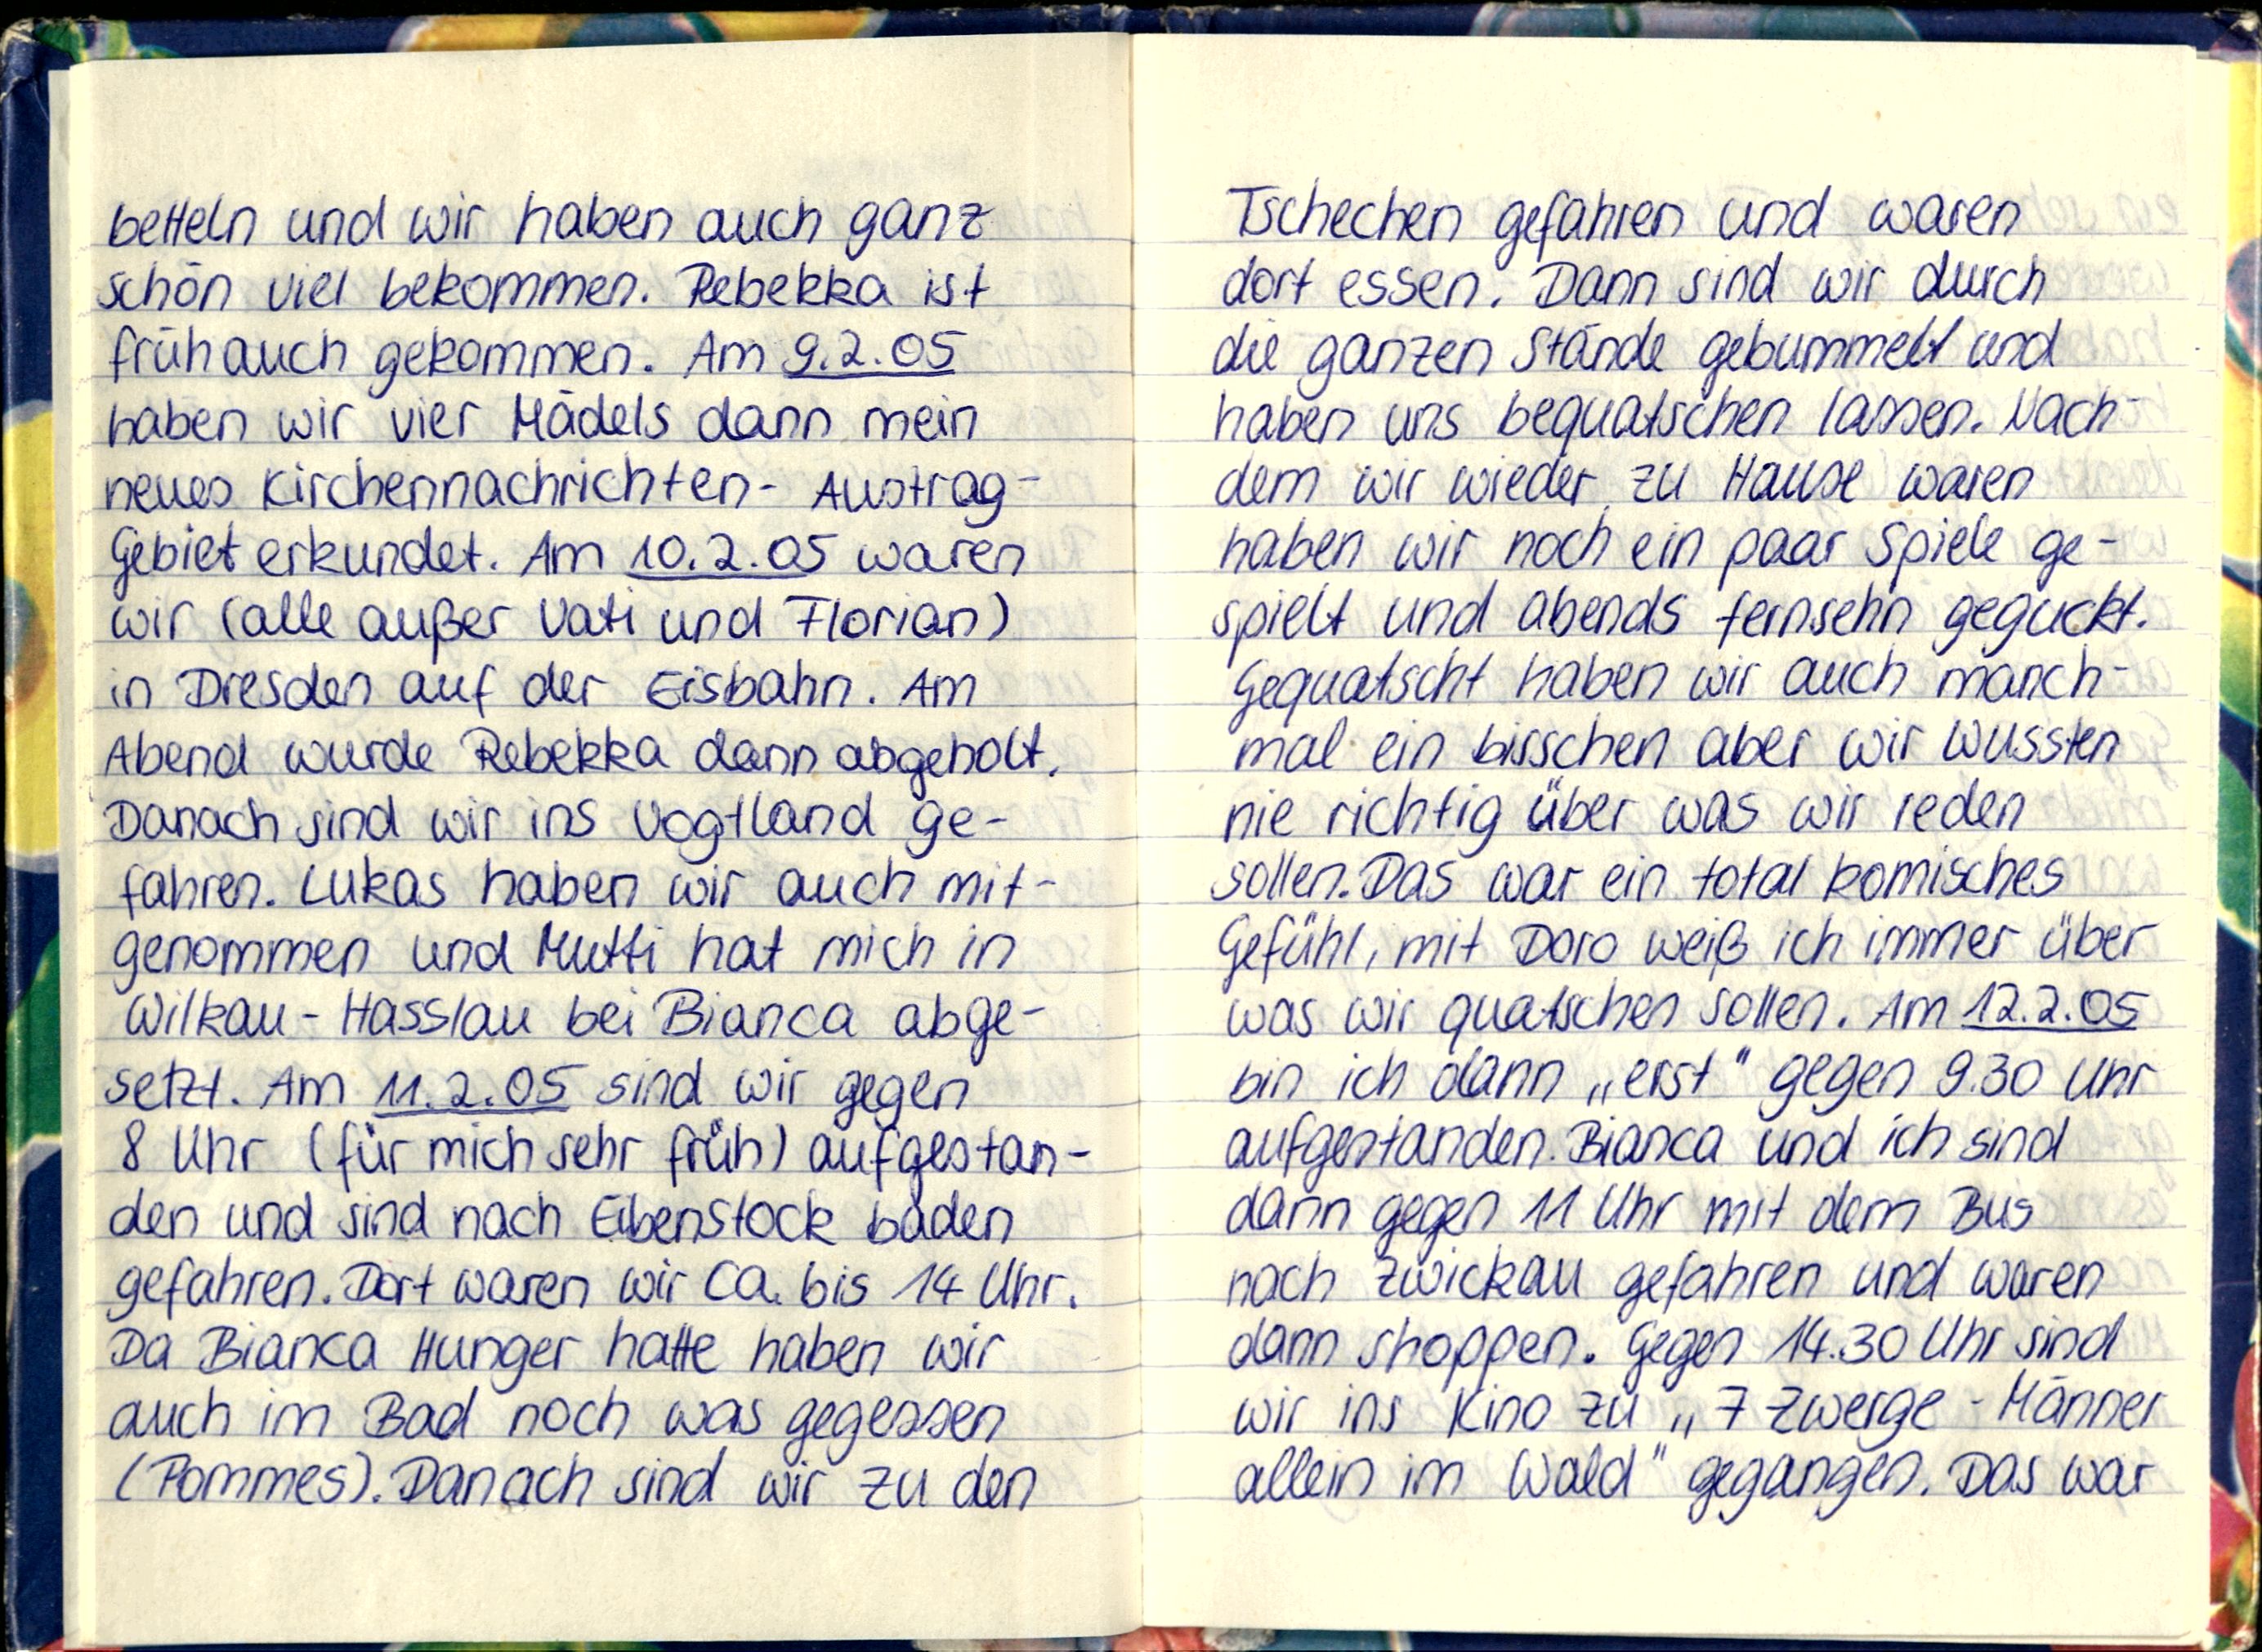
betteln und wir haben auch ganz
schön viel bekommen. Rebekka ist
früh auch gekommen. Am 9.2.05
haben wir vier Mädels dann mein
neues Kirchennachrichten - Austrag -
Gebiet erkundet. Am 10.2.05 waren
wir (alle außer Vati und Florian)
in Dresden auf der Eisbahn. Am
Abend wurde Rebekka dann abgeholt,
Danach sind wir ins Vogtland ge-
fahren. Lukas haben wir auch mit-
genommen und Mutti hat mich in
Wilkau-Hasslau bei Bianca abge-
setzt. Am 11.2.05 sind wir gegen
8 Uhr (für mich sehr früh) aufgestan-
den und sind nach Eibenstock baden
gefahren. Dort waren wir ca. bis 14 Uhr.
Da Bianca Hunger hatte haben wir
auch im Bad noch was gegessen
(Pommes). Danach sind wir zu den

Tschechen gefahren und waren
dort essen. Dann sind wir durch
die ganzen Stände gebummelt und
haben uns bequatschen lassen. Nach
dem wir wieder zu Hause waren
haben wir noch ein paar Spiele ge-
spielt und abends fernsehn geguckt.
Gequatscht haben wir auch manch-
mal ein bisschen aber wir wussten
nie richtig über was wir reden
sollen. Das war ein total komisches
Gefühl, mit Doro weiß ich immer über
was wiir quatschen sollen. Am 12.2.05
bin ich dann „erst" gegn 9.30 Uhr
aufgestanden. Bianca und ich sind
dann gegen 11 Uhr mit dem Bus
nach Zwickau gefahren und waren
dann shoppen. Gegen 14.30 Uhr sind
wir ins Kindo zu „7 Zwerge - Männer
allein im Wald" gegangen. Das war